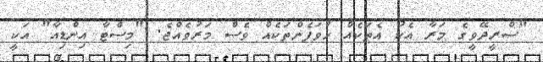
"ސްރީދޭވީގެ މަރާ އެކު އެތަކެއް ހުވަފެންތަކެއް ވެސް މަރުވެއްޖެ. "މިސްޓާ އިންޑިއާ" އަކީ